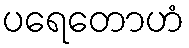
ပရေတောဟံ